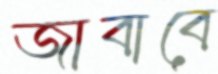
জাবাবে